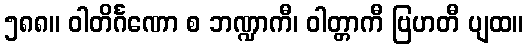
၅၈၈။ ဝါတိင်္ဂဏော စ ဘဏ္ဍာကီ၊ ဝါတ္တာကီ ဗြဟတီ ပျထ။